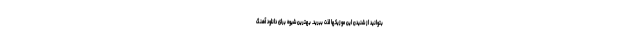
بتوانید از شنیدن این موزیکها لذت ببرید. بهترین شیوه برای دانلود آهنگ